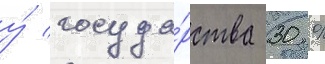
у́ госуда́рства 30 %